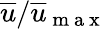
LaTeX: \overline{{u}}/\overline{{u}}_{\mathrm{~m~a~x~}}